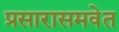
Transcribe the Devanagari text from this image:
प्रसारासमवेत